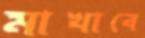
মাখাবে